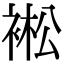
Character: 䘴